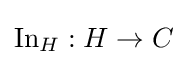
\operatorname {In} _{H}:H\to C